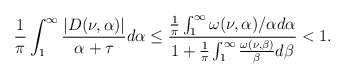
\begin{align*}\frac{1}{\pi}\int_{1}^{\infty}\frac{|D(\nu,\alpha)|}{\alpha+\tau}d\alpha\leq \frac{\frac{1}{\pi}\int_{1}^{\infty}\omega(\nu,\alpha)/\alpha d\alpha}{1+\frac{1}{\pi}\int_{1}^{\infty}\frac{\omega(\nu,\beta)}{\beta}d\beta} <1.\end{align*}